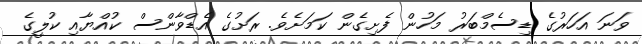
ވަނަ އަހަރުގެ ޑިސެމްބަރު މަހުން ފެށިގެން ކަމަށެވެ. ރަށުގެ އެޑްވާންސް ކުއްޔާއި ކުލީގެ